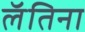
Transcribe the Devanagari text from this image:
लॅतिना